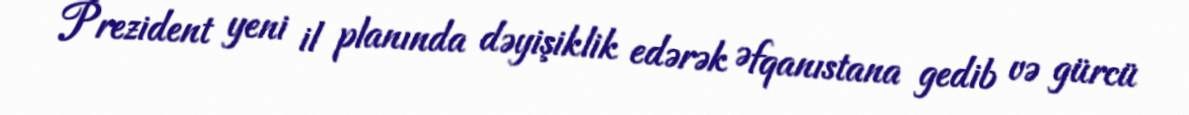
Prezident yeni il planında dəyişiklik edərək Əfqanıstana gedib və gürcü